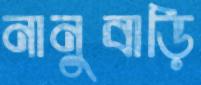
নানুবাড়ি